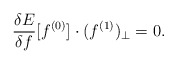
\begin{align*}\frac{\delta E}{\delta f} [ f^{(0)} ] \cdot (f^{(1)})_\perp = 0. \end{align*}